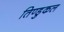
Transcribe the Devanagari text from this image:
तिण्डुकल